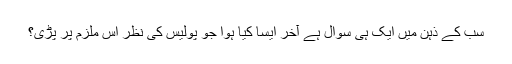
سب کے ذہن میں ایک ہی سوال ہے آخر ایسا کیا ہوا جو پولیس کی نظر اس ملزم پر پڑی؟